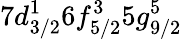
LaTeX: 7d_{3/2}^{1}6f_{5/2}^{3}5g_{9/2}^{5}